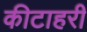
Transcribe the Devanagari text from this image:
कीटाहरी